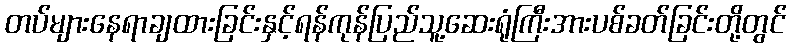
တပ်များနေရာချထားခြင်းနှင့်ရန်ကုန်ပြည်သူ့ဆေးရုံကြီးအားပစ်ခတ်ခြင်းတို့တွင်